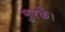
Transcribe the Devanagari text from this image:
भुरकें।